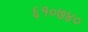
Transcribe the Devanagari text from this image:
६१०७४०